Annual report of the Imperial Bacteriological Laboratory, Muktesar
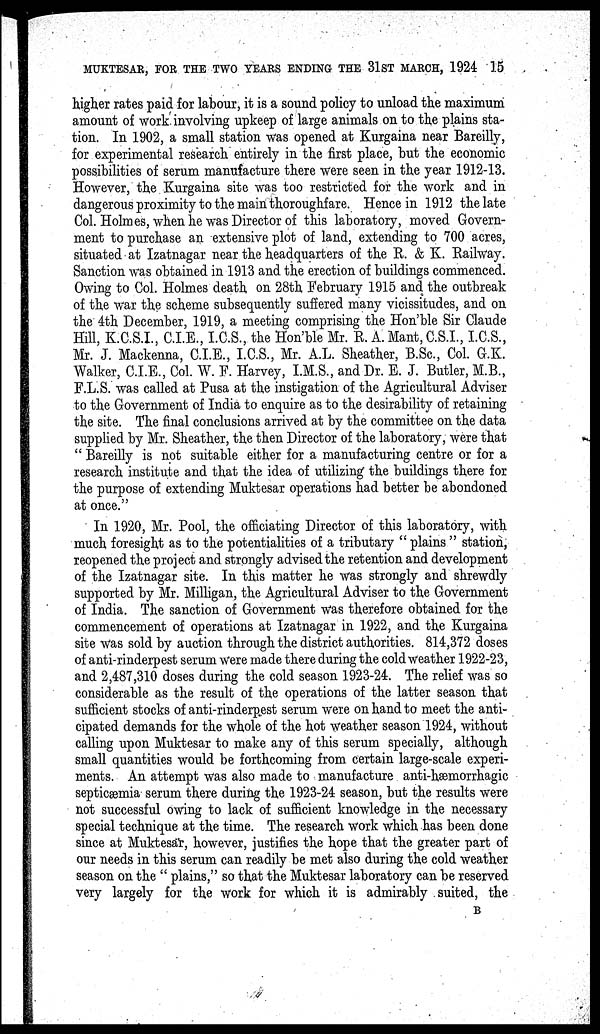
MUKTESAR, FOR THE TWO YEARS ENDING THE 31ST MARCH, 1924 15
higher rates paid for labour, it is a sound policy to unload the maximum
amount of work involving upkeep of large animals on to the plains sta-
tion. In 1902, a small station was opened at Kurgaina near Bareilly,
for experimental research entirely in the first place, but the economic
possibilities of serum manufacture there were seen in the year 1912-13.
However, the Kurgaina site was too restricted for the work and in
dangerous proximity to the main thoroughfare. Hence in 1912 the late
Col. Holmes, when he was Director of this laboratory, moved Govern-
ment to purchase an extensive plot of land, extending to 700 acres,
situated at Izatnagar near the headquarters of the R. & K. Railway.
Sanction was obtained in 1913 and the erection of buildings commenced.
Owing to Col. Holmes death on 28th February 1915 and the outbreak
of the war the scheme subsequently suffered many vicissitudes, and on
the 4th December, 1919, a meeting comprising the Hon'ble Sir Claude
Hill, K.C.S.I., C.I.E., I.C.S., the Hon'ble Mr. R. A.Mant,C.S.I., I.C.S.,
Mr. J. Mackenna, C.I.E., I.C.S., Mr. A.L. Sheather, B.Sc., Col. G.K.
Walker, C.I.E., Col. W. F. Harvey, I.M.S., and Dr. E. J. Butler, M.B.,
F.L.S. was called at Pusa at the instigation of the Agricultural Adviser
to the Government of India to enquire as to the desirability of retaining
the site. The final conclusions arrived at by the committee on the data
supplied by Mr. Sheather, the then Director of the laboratory, were that
" Bareilly is not suitable either for a manufacturing centre or for a
research institute and that the idea of utilizing the buildings there for
the purpose of extending Muktesar operations had better be abondoned
at once."
In 1920, Mr. Pool, the officiating Director of this laboratory, with
much foresight as to the potentialities of a tributary " plains " station,
reopened the project and strongly advised the retention and development
of the Izatnagar site. In this matter he was strongly and shrewdly
supported by Mr. Milligan, the Agricultural Adviser to the Government
of India. The sanction of Government was therefore obtained for the
commencement of operations at Izatnagar in 1922, and the Kurgaina
site was sold by auction through the district authorities. 814,372 doses
of anti-rinderpest serum were made there during the cold weather 1922-23,
and 2,487,310 doses during the cold season 1923-24. The relief was so
considerable as the result of the operations of the latter season that
sufficient stocks of anti-rinderpest serum were on hand to meet the anti-
cipated demands for the whole of the hot weather season 1924, without
calling upon Muktesar to make any of this serum specially, although
small quantities would be forthcoming from certain large-scale experi-
ments. An attempt was also made to manufacture anti-hæmorrhagic
septicæmia serum there during the 1923-24 season, but the results were
not successful owing to lack of sufficient knowledge in the necessary
special technique at the time. The research work which has been done
since at Muktesar, however, justifies the hope that the greater part of
our needs in this serum can readily be met also during the cold weather
season on the " plains," so that the Muktesar laboratory can be reserved
very largely for the work for which it is admirably suited, the
B